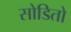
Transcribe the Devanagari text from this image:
सोडितो